Document type: Grant
Year: 1232
Scribe: Berenguer de Clos
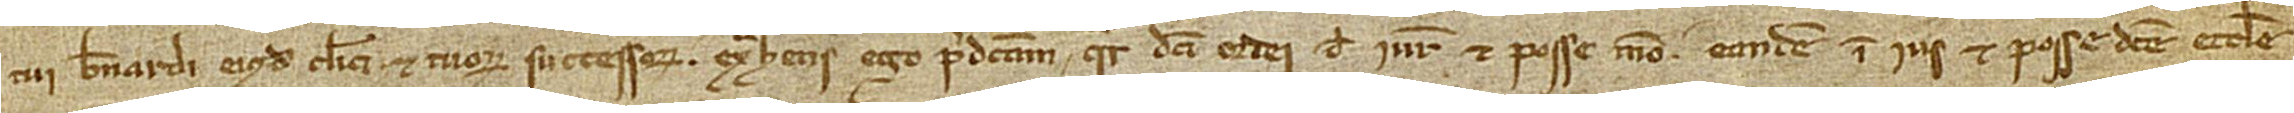
tui Bernardi, eiusdem clerici, et tuorum successorum. Extrahens ego predictam quarteriam dicti ordei de iure et posse meo, eandem in ius et posse dicte ecclesie